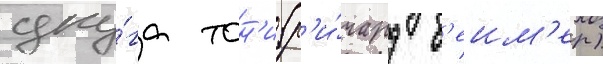
дру́га тон'и (р'и́чард б'еим'ер)